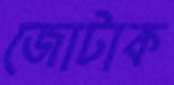
জোটাক